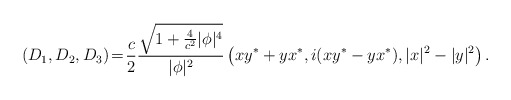
\begin{align*}(D_1,D_2,D_3) \! = \!{c \over 2} {\sqrt{1+ {4\over c^2}|\phi|^4} \over |\phi|^2} \left( xy^* + yx^*, i(xy^* - y x^*), |x|^2 - |y|^2 \right) .\end{align*}